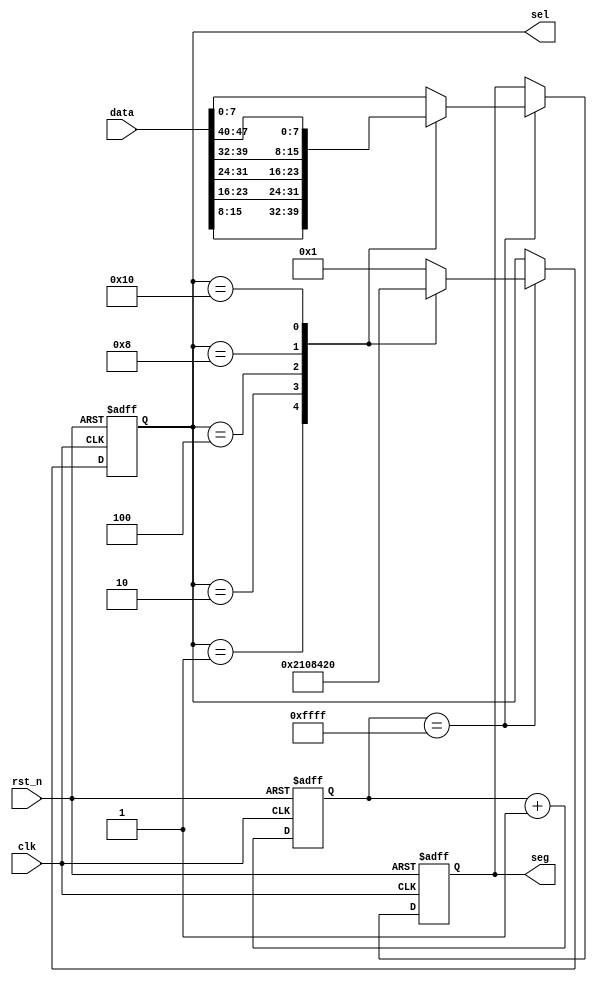
// This program was cloned from: https://github.com/michaelliao/learn-verilog
// License: GNU General Public License v3.0

// 6

module digital_tube_data
(
    input clk,
    input rst_n,
    input [47:0] data, //  8 x 6 = 48 bit
    output reg [7:0] seg,
    output reg [5:0] sel
);

    reg [15:0] cnt16; // 0 ~ 65535

    always @ (posedge clk or negedge rst_n) begin
        if (! rst_n) begin
            cnt16 <= 16'b0;
            seg <= 8'b0000_0000;
            sel <= 6'b000_001;
        end else begin
            cnt16 <= cnt16 + 16'b1;
            if (cnt16 == 16'hffff) begin
                case (sel)
                    6'b000_001: begin
                        sel <= 6'b000_010;
                        seg <= data[15:8];
                    end
                    6'b000_010: begin
                        sel <= 6'b000_100;
                        seg <= data[23:16];
                    end
                    6'b000_100: begin
                        sel <= 6'b001_000;
                        seg <= data[31:24];
                    end
                    6'b001_000: begin
                        sel <= 6'b010_000;
                        seg <= data[39:32];
                    end
                    6'b010_000: begin
                        sel <= 6'b100_000;
                        seg <= data[47:40];
                    end
                    6'b100_000: begin
                        sel <= 6'b000_001;
                        seg <= data[7:0];
                    end
                    default: begin
                        sel <= 6'b000_001;
                        seg <= data[7:0];
                    end
                endcase
            end
        end
    end

endmodule